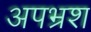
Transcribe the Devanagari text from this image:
अपभ्रश